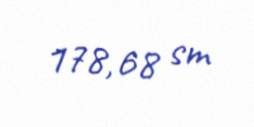
178,68 sm